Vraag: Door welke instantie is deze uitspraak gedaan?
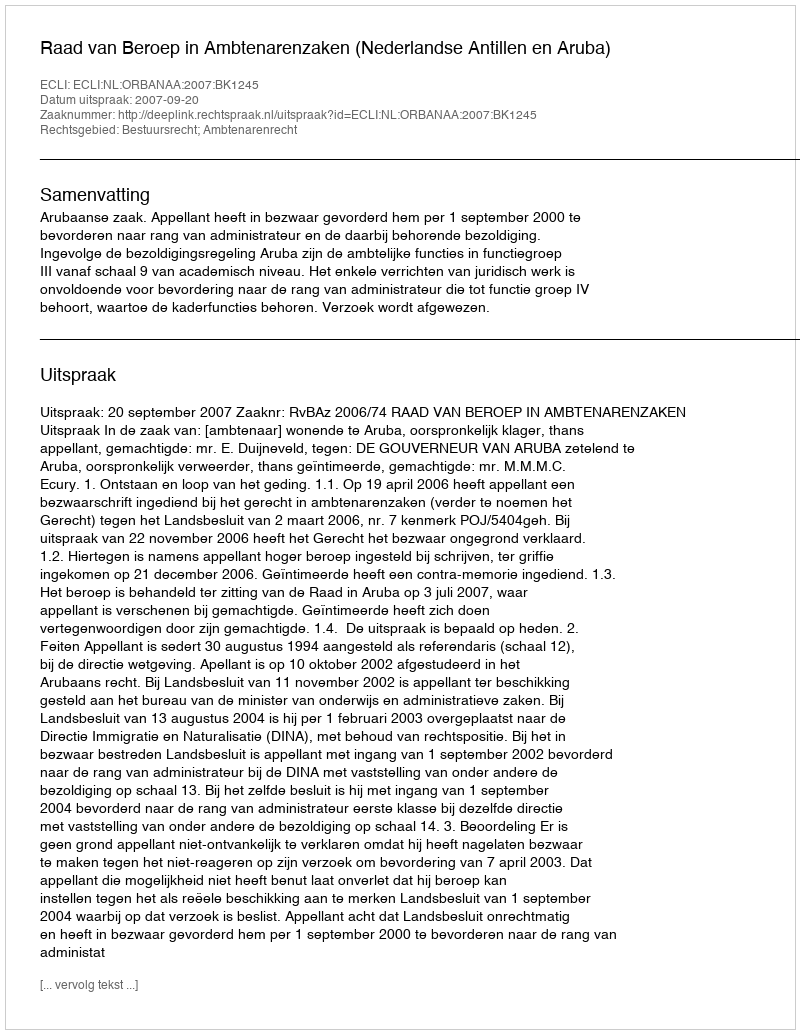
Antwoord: Raad van Beroep in Ambtenarenzaken (Nederlandse Antillen en Aruba)